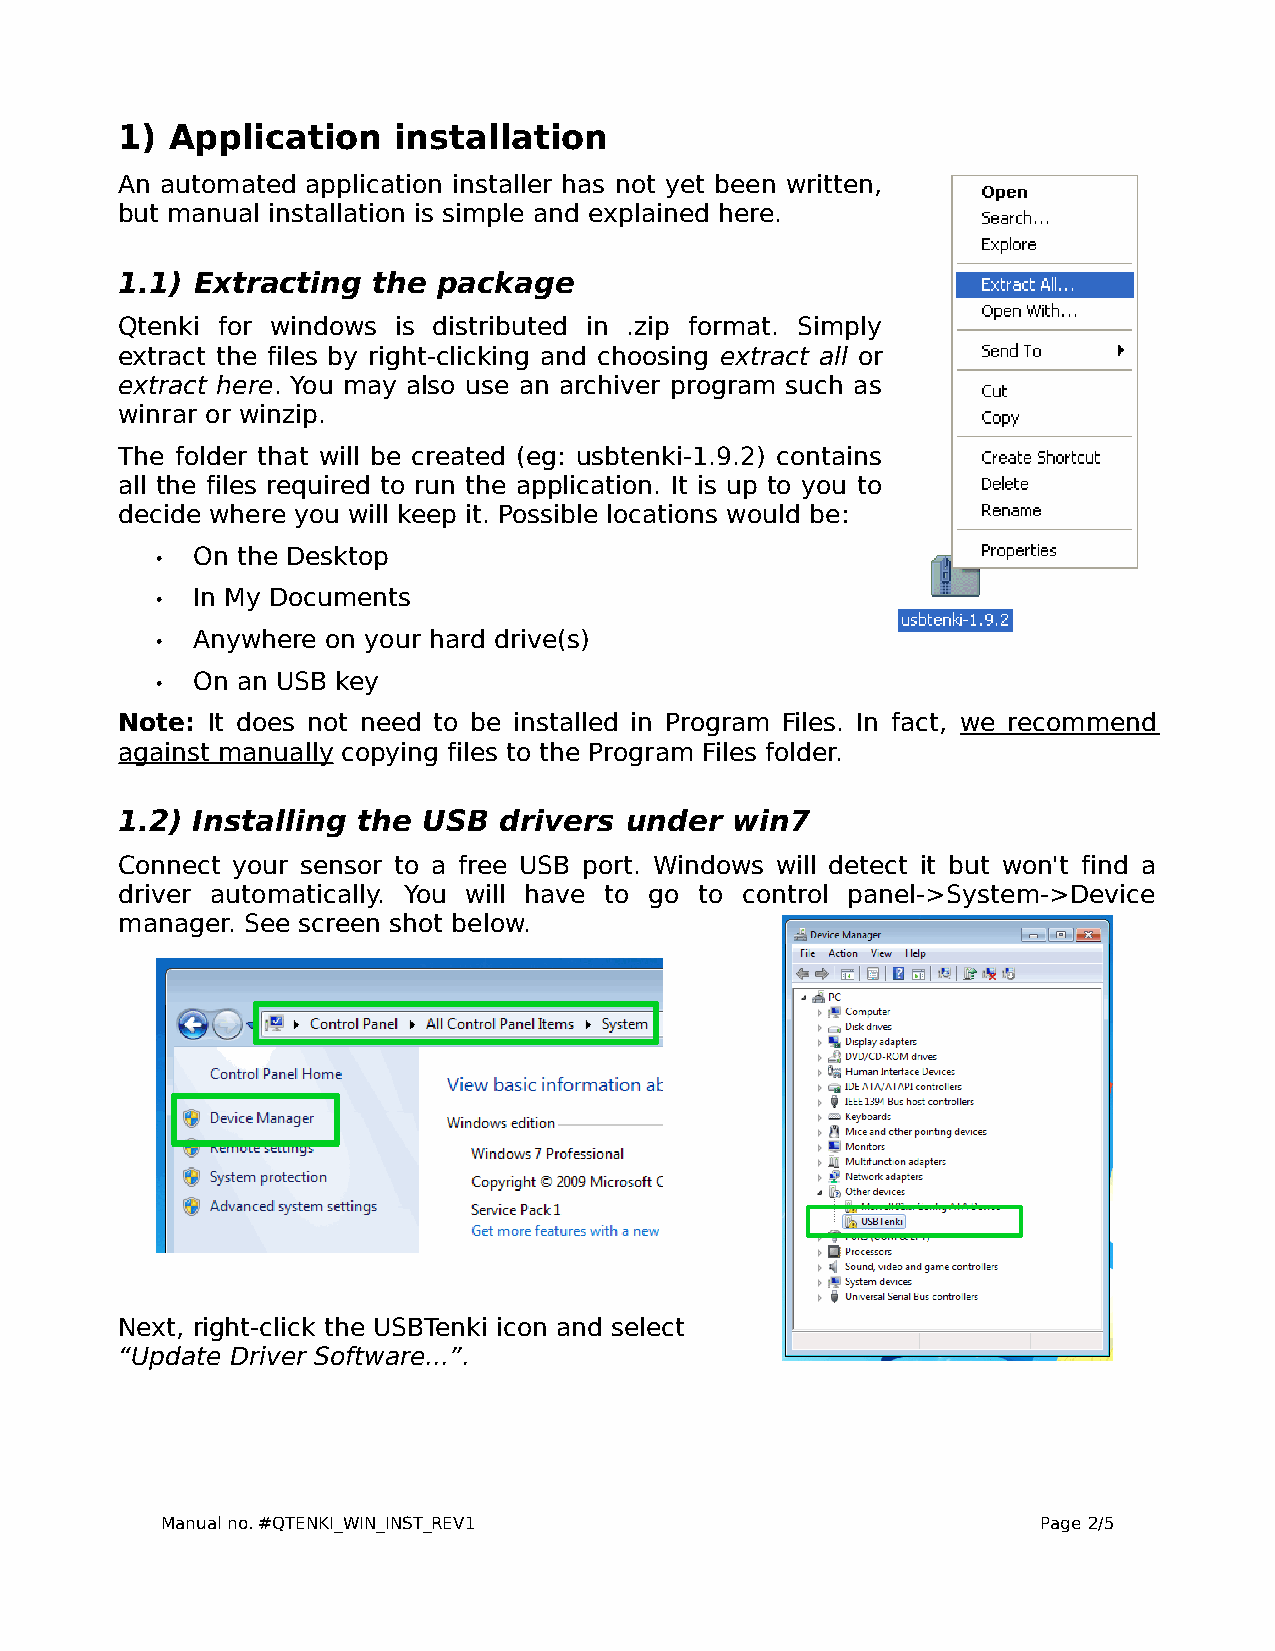
1) Application    installation
 An automated application installer has not yet been written,
 but manual installation is simple and explained here.
 1.1) Extracting  the package
 Qtenki for windows is distributed in .zip format. Simply
 extract the files by right-clicking and choosing extract all or
 extract here. You may also use an archiver program such as
 winrar or winzip.
 The folder that will be created (eg: usbtenki-1.9.2) contains
 all the files required to run the application. It is up to you to
 decide where you will keep it. Possible locations would be:
 •  On the Desktop
 •  In My Documents
 •  Anywhere on your hard drive(s)
 •  On an USB key
 Note: It does not need to be installed in Program Files. In fact, we recommend
 against manually copying files to the Program Files folder.
 1.2) Installing the USB  drivers under  win7
 Connect your sensor to a free USB port. Windows will detect it but won't find a
 driver automatically. You will have to go to control panel->System->Device
 manager. See screen shot below.
 Next, right-click the USBTenki icon and select
 “Update Driver Software...”.
 Manual no. #QTENKI_WIN_INST_REV1                          Page 2/5